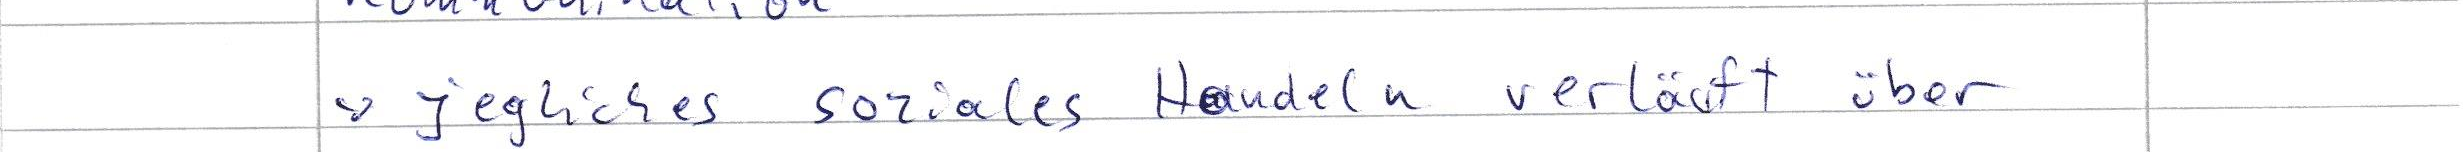
-> jegliches soziales Handeln verläuft über